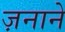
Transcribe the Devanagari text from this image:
ज़नाने